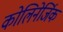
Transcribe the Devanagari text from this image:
कोलिनेर्जिक